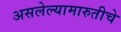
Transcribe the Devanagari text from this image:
असलेल्यामारुतीचे